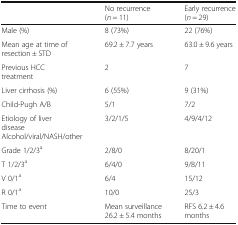
<table><thead><tr><td></td><td><b>No recurrence (<i>n</i> = 11)</b></td><td><b>Early recurrence (<i>n</i> = 29)</b></td></tr></thead><tbody><tr><td>Male (%)</td><td>8 (73%)</td><td>22 (76%)</td></tr><tr><td>Mean age at time of resection ± STD</td><td>69.2 ± 7.7 years</td><td>63.0 ± 9.6 years</td></tr><tr><td>Previous HCC treatment</td><td>2</td><td>7</td></tr><tr><td>Liver cirrhosis (%)</td><td>6 (55%)</td><td>9 (31%)</td></tr><tr><td>Child-Pugh A/B</td><td>5/1</td><td>7/2</td></tr><tr><td>Etiology of liver diseaseAlcohol/viral/NASH/other</td><td>3/2/1/5</td><td>4/9/4/12</td></tr><tr><td>Grade 1/2/3<sup>a</sup></td><td>2/8/0</td><td>8/20/1</td></tr><tr><td>T 1/2/3<sup>a</sup></td><td>6/4/0</td><td>9/8/11</td></tr><tr><td>V 0/1<sup>a</sup></td><td>6/4</td><td>15/12</td></tr><tr><td>R 0/1<sup>a</sup></td><td>10/0</td><td>25/3</td></tr><tr><td>Time to event</td><td>Mean surveillance 26.2 ± 5.4 months</td><td>RFS 6.2 ± 4.6 months</td></tr></tbody></table>